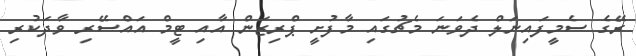
ރޭގެ ސެމީފައިނަލް ދެވަނަ މެޗުގައި މާފުށީ ޕްރިޒަން އާއި ޓީމް އައްސޭރި ވާދަކުރި